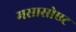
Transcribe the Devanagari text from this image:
मसासोएट